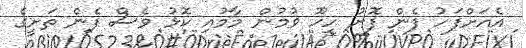
އެއަށްފަހު ފެން ފޮށު ހިހޫ ވުމުން މާމުއި ކޮޅު ވެސް ފެން ތަށީގެ